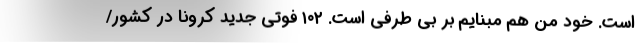
است. خود من هم مبنایم بر بی طرفی است. ۱۰۲ فوتی جدید کرونا در کشور/